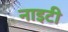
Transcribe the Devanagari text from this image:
नाइटी